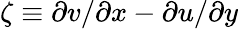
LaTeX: \zeta\equiv\partial v/\partial x-\partial u/\partial y